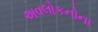
અવલોકનોના